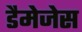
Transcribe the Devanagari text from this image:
डैमेजेस